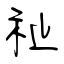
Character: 祉